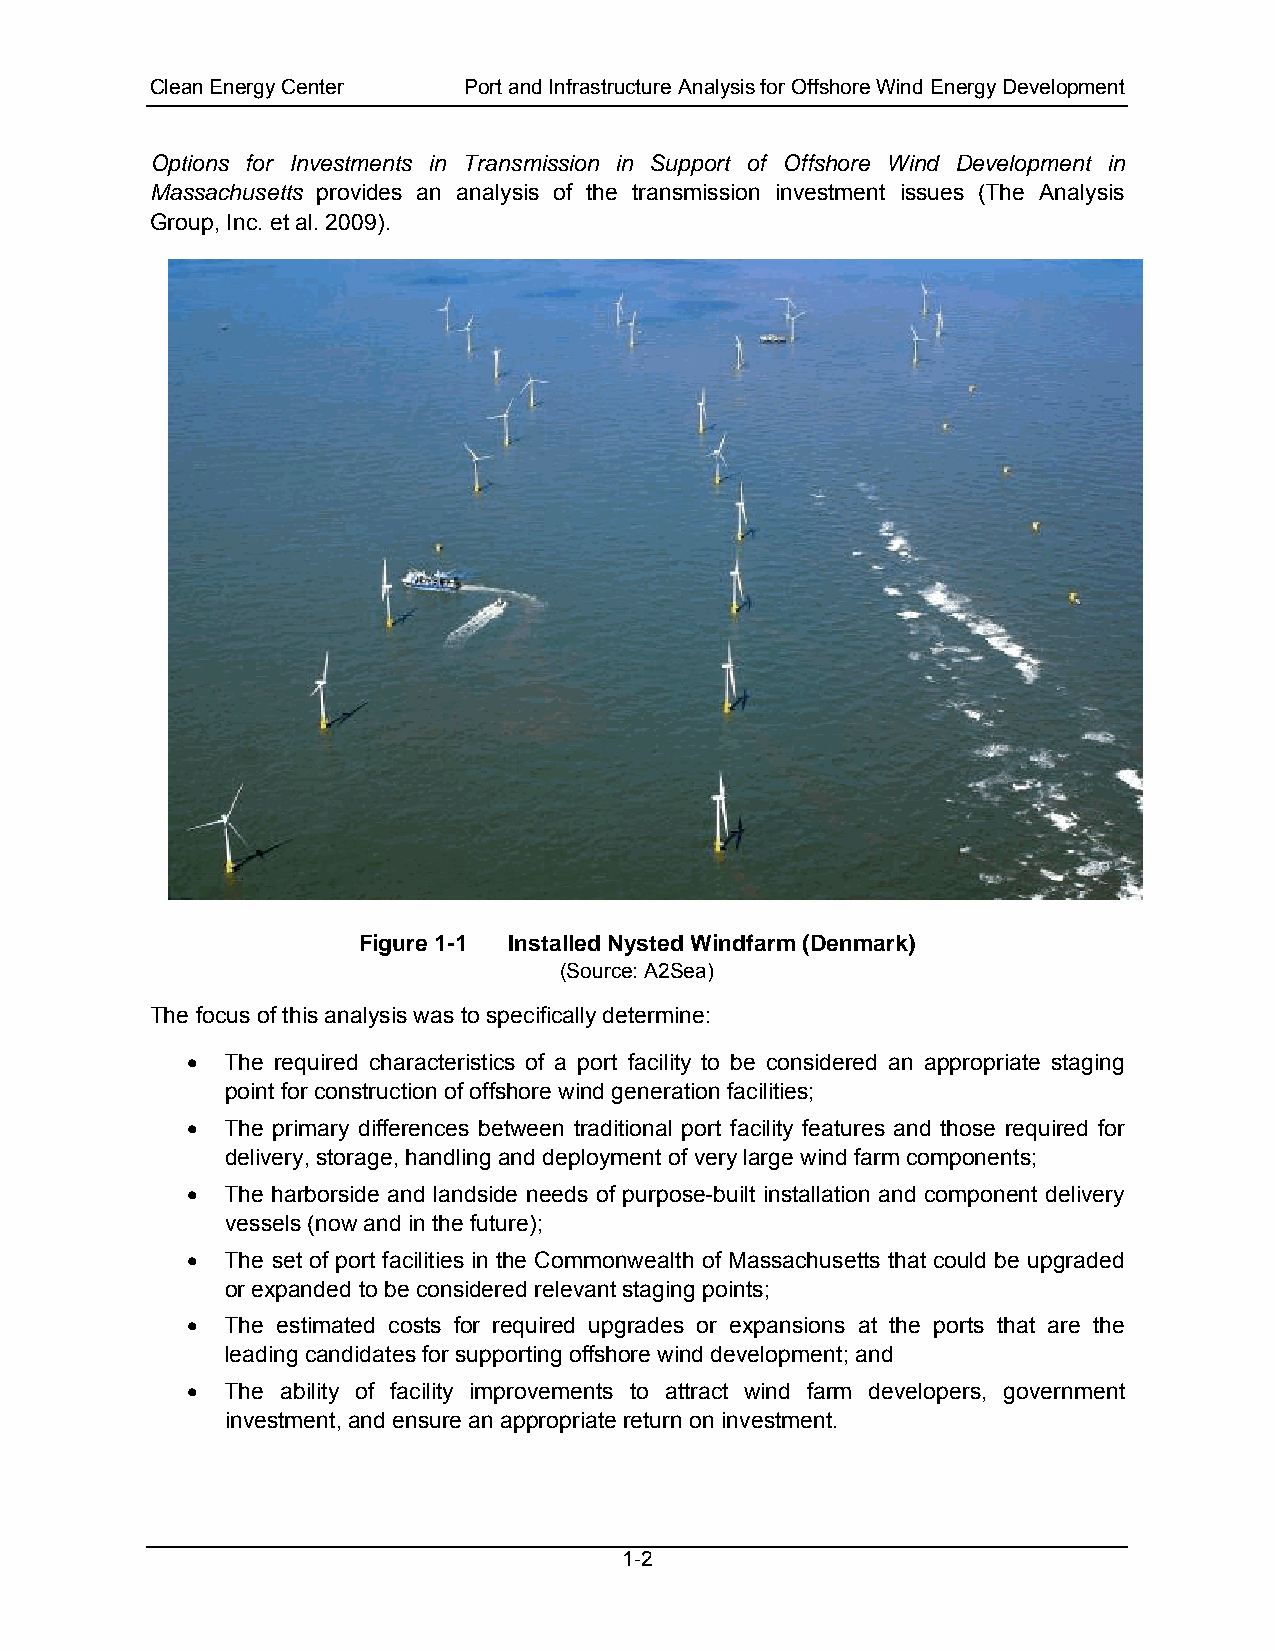
Clean Energy Center  Port and Infrastructure Analysis for Offshore Wind Energy Development
 Options for Investments in Transmission in Support of Offshore Wind Development in
 Massachusetts provides an analysis of the transmission investment issues (The Analysis
 Group, Inc. et al. 2009).
 Figure 1-1 Installed Nysted Windfarm (Denmark)
 (Source: A2Sea)
 The focus of this analysis was to specifically determine:
 •  The required characteristics of a port facility to be considered an appropriate staging
 point for construction of offshore wind generation facilities;
 •  The primary differences between traditional port facility features and those required for
 delivery, storage, handling and deployment of very large wind farm components;
 •  The harborside and landside needs of purpose-built installation and component delivery
 vessels (now and in the future);
 •  The set of port facilities in the Commonwealth of Massachusetts that could be upgraded
 or expanded to be considered relevant staging points;
 •  The estimated costs for required upgrades or expansions at the ports that are the
 leading candidates for supporting offshore wind development; and
 •  The ability of facility improvements to attract wind farm developers, government
 investment, and ensure an appropriate return on investment.
 1-2